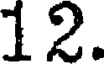
12.